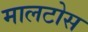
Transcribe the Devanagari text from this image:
मालटोस